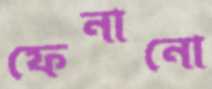
ফেনানো